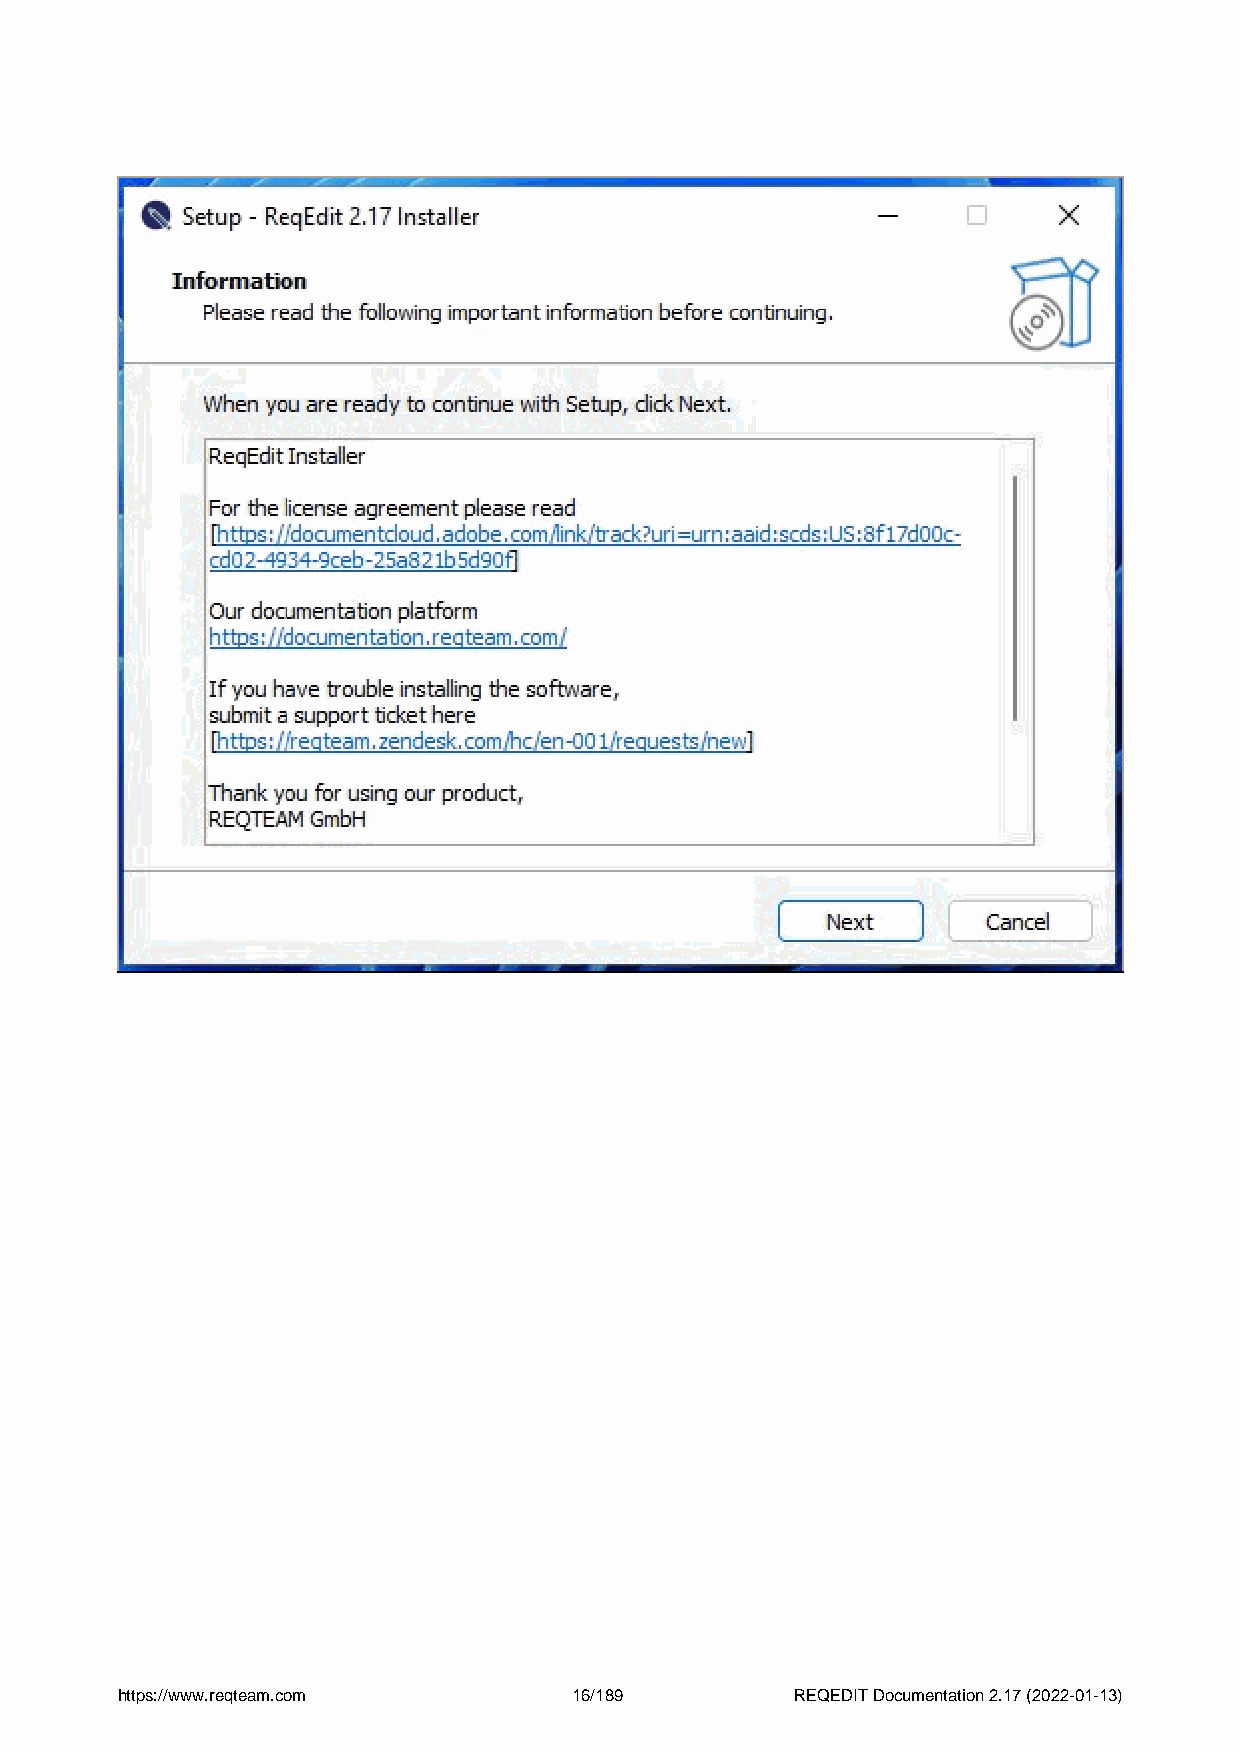
https://www.reqteam.com       16/189         REQEDIT Documentation 2.17 (2022-01-13)